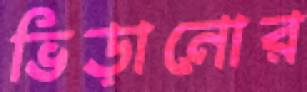
ভিড়ানোর